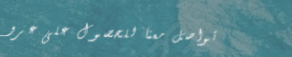
تواصل معنا للحصول على عرو